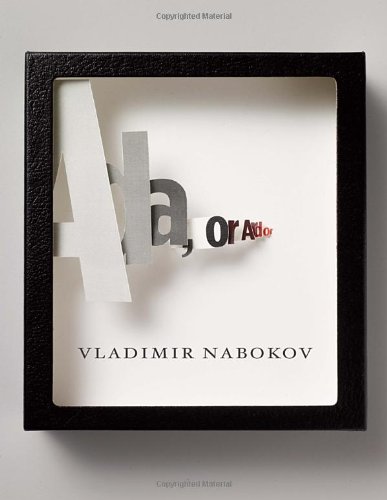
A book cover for Ada, or Ardor: A Family Chronicle; Vladimir Nabokov; Literature & Fiction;